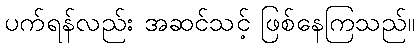
ပက်ရန်လည်း အဆင်သင့် ဖြစ်နေကြသည်။